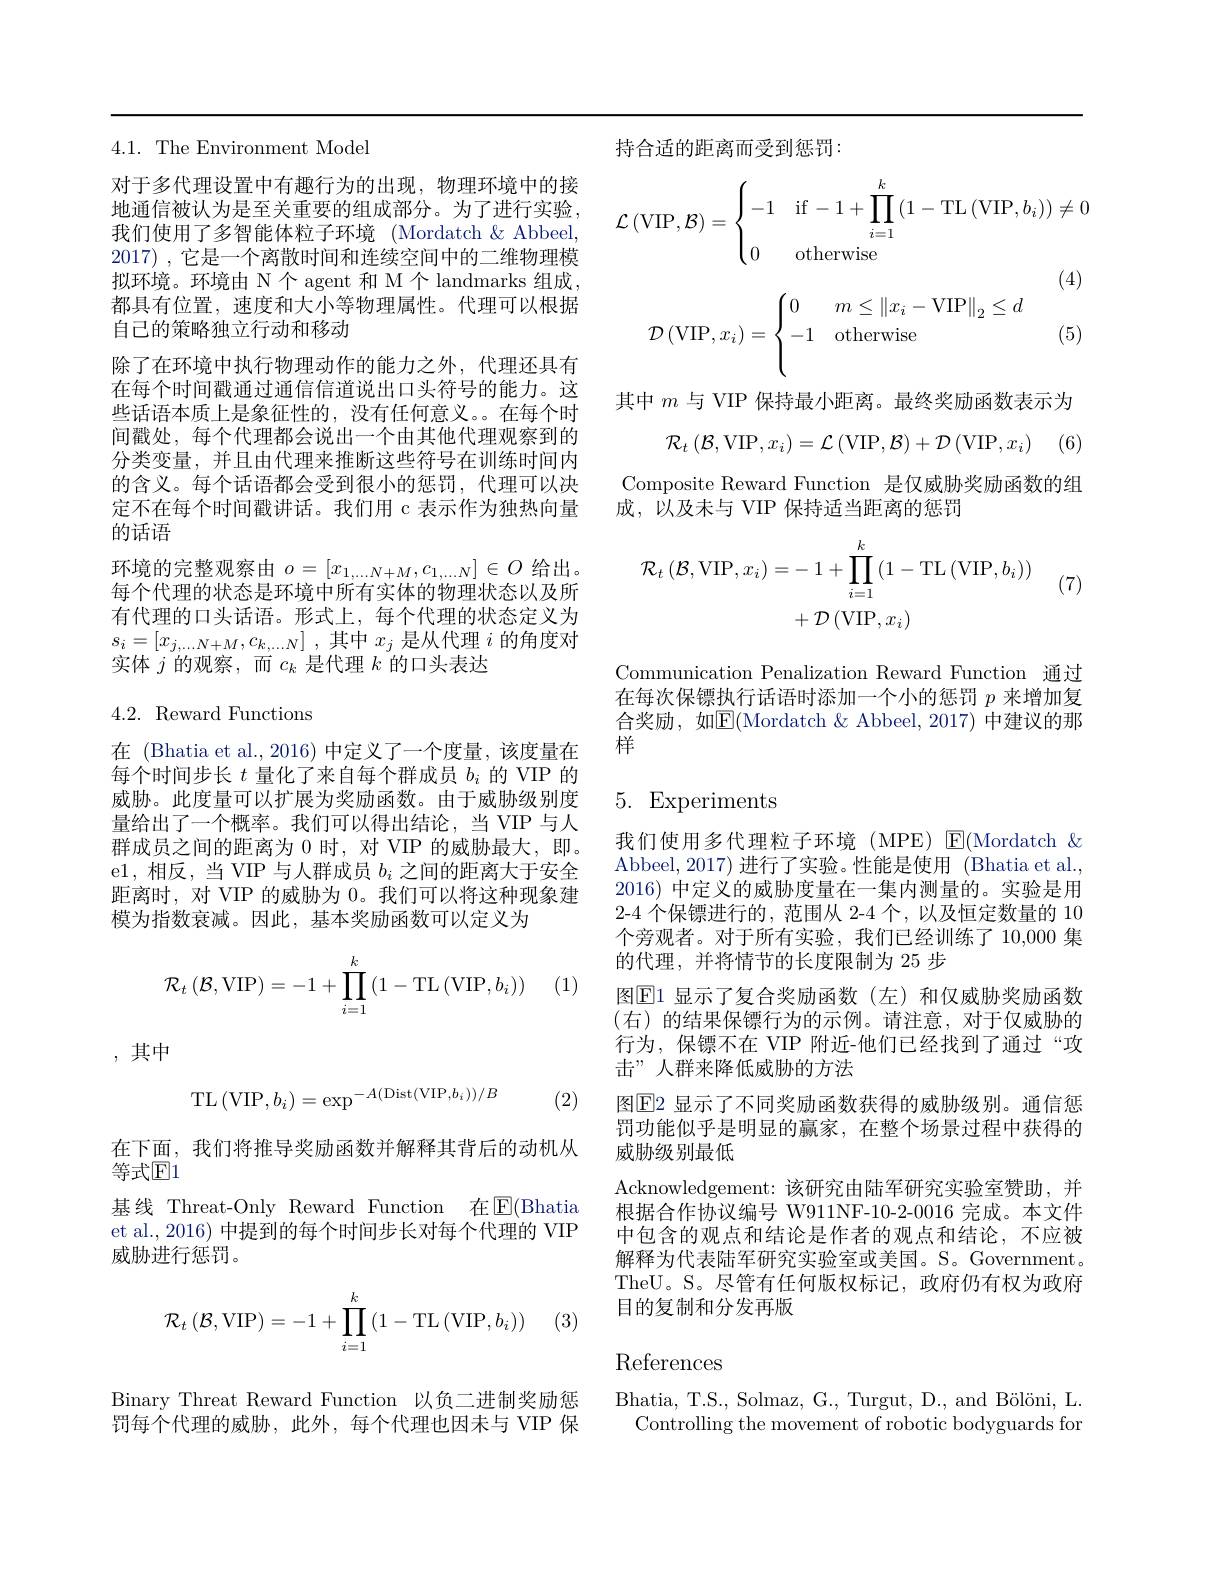
$4.1.{\mathrm{~The~Environment~Model}}$

对于多代理设置中有趣行为的出现，物理环境中的接地通信被认为是至关重要的组成部分。为了进行实验我们使用了多智能体粒子环境 (Mordatch& Abbeel, 2017) ,它是一个离散时间和连续空间中的二维物理模拟环境。环境由 N 个 agent 和 M 个 landmarks 组成， 都具有位置，速度和大小等物理属性。代理可以根据自己的策略独立行动和移动
除了在环境中执行物理动作的能力之外，代理还具有在每个时间戳通过通信信道说出口头符号的能力。这些话语本质上是象征性的，没有任何意义。在每个时间戳处，每个代理都会说出一个由其他代理观察到的分类变量，并且由代理来推断这些符号在训练时间内的含义。每个话语都会受到很小的惩罚，代理可以决定不在每个时间戳讲话。我们用 c 表示作为独热向量的话语
环境的完整观察由$o=[x_1,\ldots N+M,c_{1,\ldots N}]\in O$给出。每个代理的状态是环境中所有实体的物理状态以及所有代理的口头话语。形式上，每个代理的状态定义为$s_{i}= [ x_{j, \ldots N+ M}, c_{k, \ldots N}]$ ,其中$x_j$ 是从代理 $i$ 的角度对$s_i= [ x_{j, \ldots N+ M}, c_{k, \ldots N}]$ ,其中$x_j$ 是从代理 $i$ 的角度对实体$j$的观察，而$c_k$是代理$k$的口头表达

## 4.2. Reward Functions

在 (Bhatia et al., 2016) 中定义了一个度量，该度量在每个时间步长$t$量化了来自每个群成员$b_i$的 VIP 的威胁。此度量可以扩展为奖励函数。由于威胁级别度量给出了一个概率。我们可以得出结论，当 VIP 与人群成员之间的距离为 0 时，对 VIP 的威胁最大，即。e1,相反，当 VIP 与人群成员$b_i$之间的距离大于安全距离时，对 VIP 的威胁为0。我们可以将这种现象建模为指数衰减。因此，基本奖励函数可以定义为
$$\mathcal{R}_t\left(\mathcal{B},\text{VIP}\right)=-1+\prod_{i=1}^k\left(1-\text{TL}\left(\text{VIP},b_i\right)\right)$$
(1)

,其中
$$\mathrm{TL}\left(\mathrm{VIP},b_i\right)=\exp^{-A(\mathrm{Dist}(\mathrm{VIP},b_i))/B}$$
(2)

在下面，我们将推导奖励函数并解释其背后的动机从
等式$\mathbb{E}1$

基线 Threat-Only Reward Function 在$\mathbb{E}($Bhatia et al., 2016) 中提到的每个时间步长对每个代理的 VIP 威胁进行惩罚。
$$\mathcal{R}_t\left(\mathcal{B},\text{VIP}\right)=-1+\prod_{i=1}^k\left(1-\text{TL}\left(\text{VIP},b_i\right)\right)$$
(3)

Binary Threat Reward Function 以负二进制奖励惩罚每个代理的威胁，此外，每个代理也因未与 VIP 保

持合适的距离而受到惩罚：
$$\mathcal{L}\left(\text{VIP},\mathcal{B}\right)=\begin{cases}-1&\text{if}-1+\prod_{i=1}^k\left(1-\text{TL}\left(\text{VIP},b_i\right)\right)\neq0\\0&\text{otherwise}\end{cases}$$
(4)
$$\mathcal{D}\left(\text{VIP},x_i\right)=\begin{cases}0&m\leq\left\|x_i-\text{VIP}\right\|_2\leq d\\-1&\text{otherwise}\\\\\end{cases}$$
(5)

其中$m$与 VIP 保持最小距离。最终奖励函数表示为
$$\mathcal{R}_{t}\left(\mathcal{B},\mathrm{VIP},x_{i}\right)=\mathcal{L}\left(\mathrm{VIP},\mathcal{B}\right)+\mathcal{D}\left(\mathrm{VIP},x_{i}\right)$$
(6)

Composite Reward Function 是仅威胁奖励函数的组
成，以及未与 VIP 保持适当距离的惩罚
$$\begin{aligned}\mathcal{R}_{t}\left(\mathcal{B},\mathrm{VIP},x_{i}\right)&=-\:1+\prod_{i=1}^{k}\left(1-\mathrm{TL}\left(\mathrm{VIP},b_{i}\right)\right)\\&+\mathcal{D}\left(\mathrm{VIP},x_{i}\right)\end{aligned}$$
(7)

Communication Penalization Reward Function 通过在每次保镖执行话语时添加一个小的惩罚$p$来增加复合奖励，如$\overline\mathbb{E}($Mordatch &Abbeel, 2017) 中建议的那样

5. Experiments

我们使用多代理粒子环境(MPE) E(Mordatch & Abbeel,2017)进行了实验。性能是使用(Bhatia et al. 2016) 中定义的威胁度量在一集内测量的。实验是用2-4 个保镖进行的，范围从 2-4 个，以及恒定数量的 10个旁观者。对于所有实验，我们已经训练了 10,000 集的代理，并将情节的长度限制为 25 步
图$\overline{\mathrm{E}}$1 显示了复合奖励函数(左)和仅威胁奖励函数(右)的结果保镖行为的示例。请注意，对于仅威胁的行为，保镖不在 VIP 附近-他们已经找到了通过“攻击”人群来降低威胁的方法
图$\mathbb{E}$2 显示了不同奖励函数获得的威胁级别。通信惩罚功能似乎是明显的赢家，在整个场景过程中获得的威胁级别最低
Acknowledgement:该研究由陆军研究实验室赞助，并根据合作协议编号 W911NF-10-2-0016 完成。本文件中包含的观点和结论是作者的观点和结论，不应被解释为代表陆军研究实验室或美国。S。Government。TheU。S。尽管有任何版权标记，政府仍有权为政府目的复制和分发再版

References

Bhatia, T.S., Solmaz, G., Turgut, D., and Bölöni, L
Controlling the movement of robotic bodyguards for